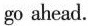
go ahead.